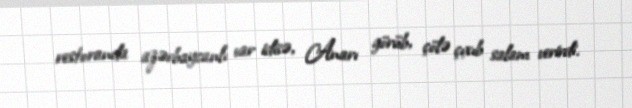
restoranda azərbaycanlı var idisə, Anarı görüb, çölə çıxıb salam verirdi.